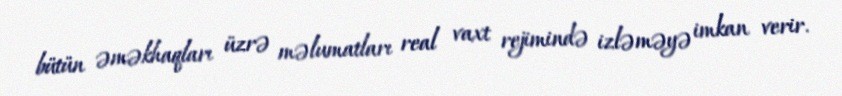
bütün əməkhaqları üzrə məlumatları real vaxt rejimində izləməyə imkan verir.